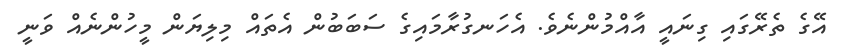
އޭގެ ތެރޭގައި ގިނައީ އާއްމުންނެވެ. އެހަނގުރާމައިގެ ސަބަބުން އެތައް މިލިޔަން މީހުންނެއް ވަނީ